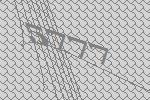
5777